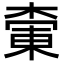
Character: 𪳚